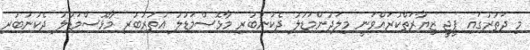
މި ދަތުރުގައި ޕީޖީ ޒިޔާރަތްކުރައްވަނީ މިލަދުންމަޑުލު ދެކުނުބުރި މާޅޮސްމަޑުލު އުތުރުބުރި މާޅޮސްމަޑުލު ދެކުނުބުރި